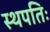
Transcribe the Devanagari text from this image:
स्थपतिः